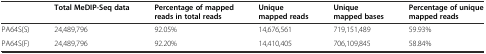
<table><thead><tr><td></td><td><b>Total MeDIP-Seq data</b></td><td><b>Percentage of mapped reads in total reads</b></td><td><b>Unique mapped reads</b></td><td><b>Unique mapped bases</b></td><td><b>Percentage of unique mapped reads</b></td></tr></thead><tbody><tr><td>PA64S(S)</td><td>24,489,796</td><td>92.05%</td><td>14,676,561</td><td>719,151,489</td><td>59.93%</td></tr><tr><td>PA64S(F)</td><td>24,489,796</td><td>92.20%</td><td>14,410,405</td><td>706,109,845</td><td>58.84%</td></tr></tbody></table>